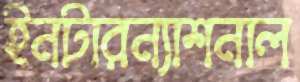
ইনটারন্যাশনাল